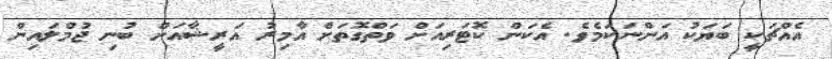
އެއްޗަކީ ބަޔަކު އަންނަކަމެވެ. އެކަން ކޮޓަރިއަށް ވަތްގޮތަށް އާމިރު އަރީޝާއަށް ބުނި ޖުމްލައިން